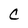
Character: C